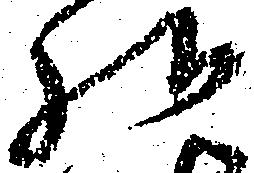
様